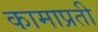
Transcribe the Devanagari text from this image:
कामाप्रती